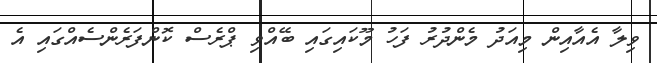
ވިލާ އެއާއިން މިއަދު މެންދުރު ފަހު މޫކައިގައި ބޭއްވި ޕްރެސް ކޮންފަރެންސެއްގައި އެ